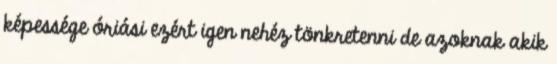
képessége óriási ezért igen nehéz tönkretenni de azoknak akik